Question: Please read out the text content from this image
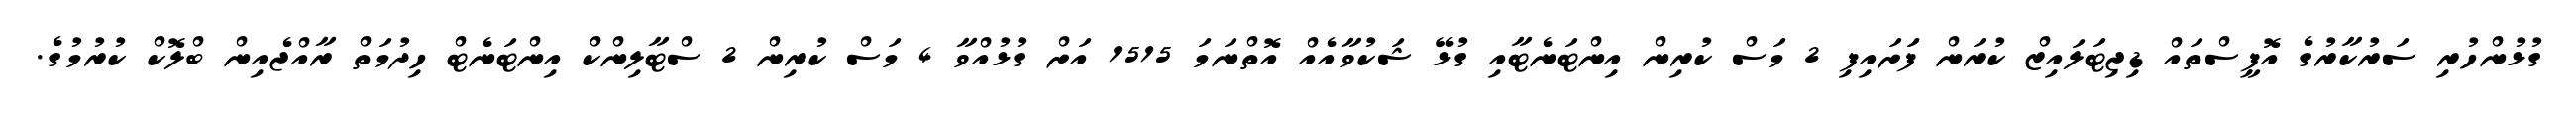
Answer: ގުޅުންހުރި ސަރުކާރުގެ އޮފީސްތައް ޑިޖިޓަލައިޒް ކުރަން ފަަށައިފި 2 މަސް ކުރިން އިންޓަނެޓާއި ގުޅޭ ޝަކުވާއެއް އޮތްނަމަ 1515 އަށް ގުޅުއްވާ 4 މަސް ކުރިން 2 ސްޓާލިންކް އިންޓަނެޓް ހިދުމަތް ރާއްޖެއިން ބްލޮކް ކުރުމުގެ.